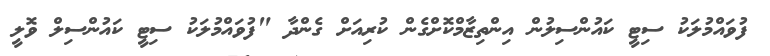
ފުވައްމުލަކު ސިޓީ ކައުންސިލުން އިންތިޒާމްކޮށްގެން ކުރިއަށް ގެންދާ "ފުވައްމުލަކު ސިޓީ ކައުންސިލް ވޮލީ